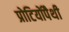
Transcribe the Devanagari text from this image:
प्रोटियोंपैथी